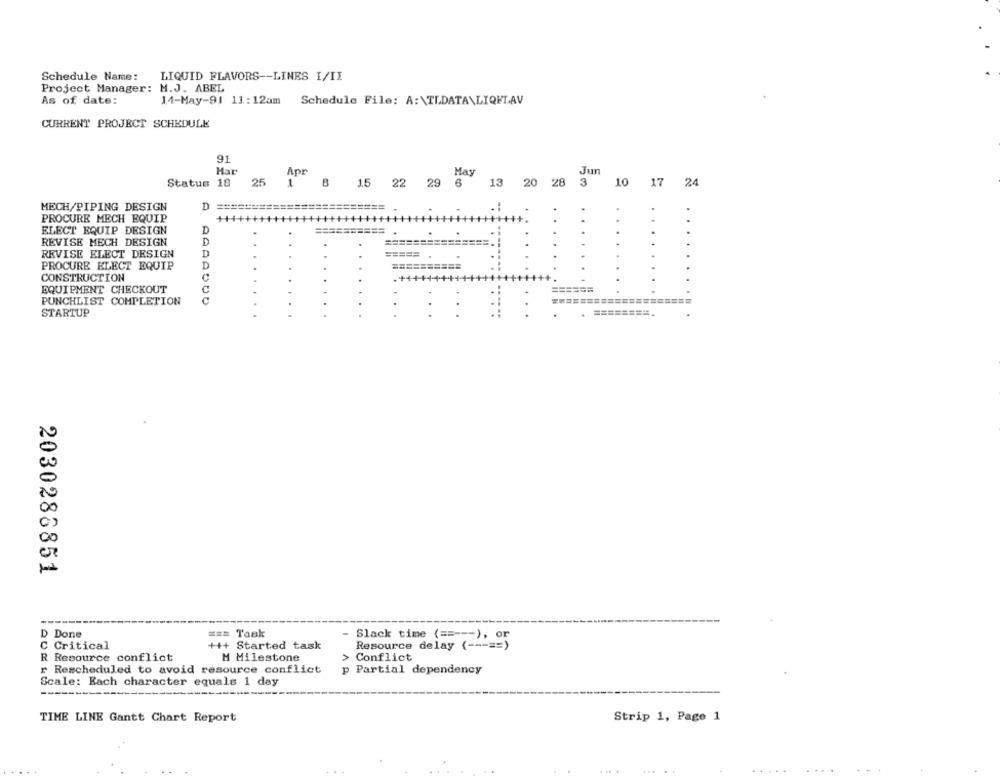
Schedule Name:
LIQUID FLAVORS -- LINES I/II
Project Manager: M.J. ABEL
As of date:
14-May-91 11:12am Schedule File: A: \TLDATA\LIQUIAV
CURRENT PROJECT SCHEDULE
91
Har
Apr
Jun
Status 18
25 1
1 8 15 22 29 6 13 20 28 3
10 17 24
MECH/PIPING DESIGN
D
PROCURE MECH EQUIP
ELECT EQUIP DESIGN
D
REVISE MECH DESIGN
D
=======
..
====
REVISE ELECT DESIGN
D
=====
PROCURE ELECT EQUIP
D
..
====
CONSTRUCTION
C
EQUIPMENT CHECKOUT
C
=====
PUNCHLIST COMPLETION
.
STARTUP
2030286851
D Done
=== Taak
- Slack time ( ==--- ), or
C Critical
+++ Started task
Resource delay ( ---== )
R Resource conflict
M Milestone
>
Conflict
r Rescheduled to avoid resource conflict
p Partial dependency
Scale: Each character equals 1 day
TIME LINE Gantt Chart Report
Strip 1, Page 1